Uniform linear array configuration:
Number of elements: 12
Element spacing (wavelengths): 0.25
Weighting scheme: exponential
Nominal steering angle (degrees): -15
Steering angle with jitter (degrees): -15.81
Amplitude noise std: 0.05
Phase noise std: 0.05

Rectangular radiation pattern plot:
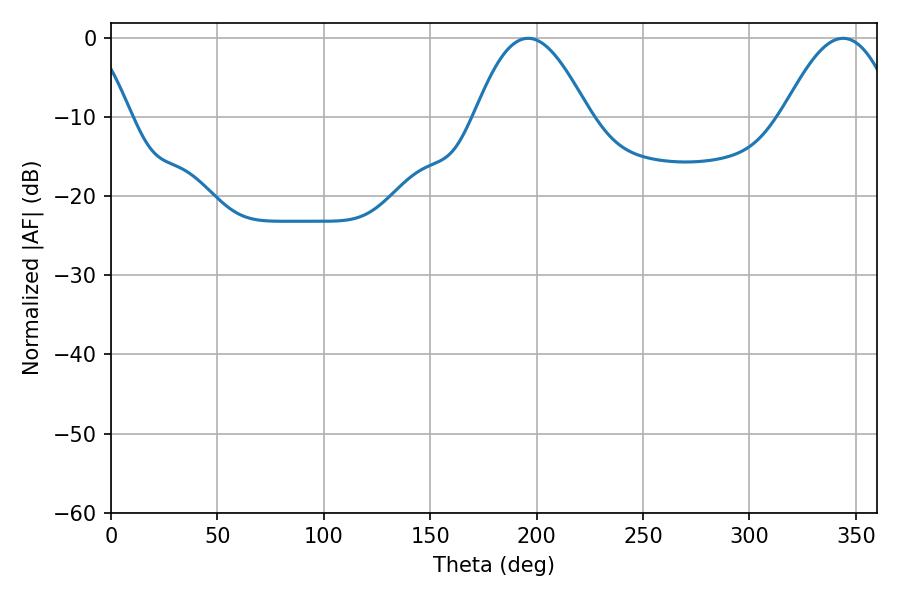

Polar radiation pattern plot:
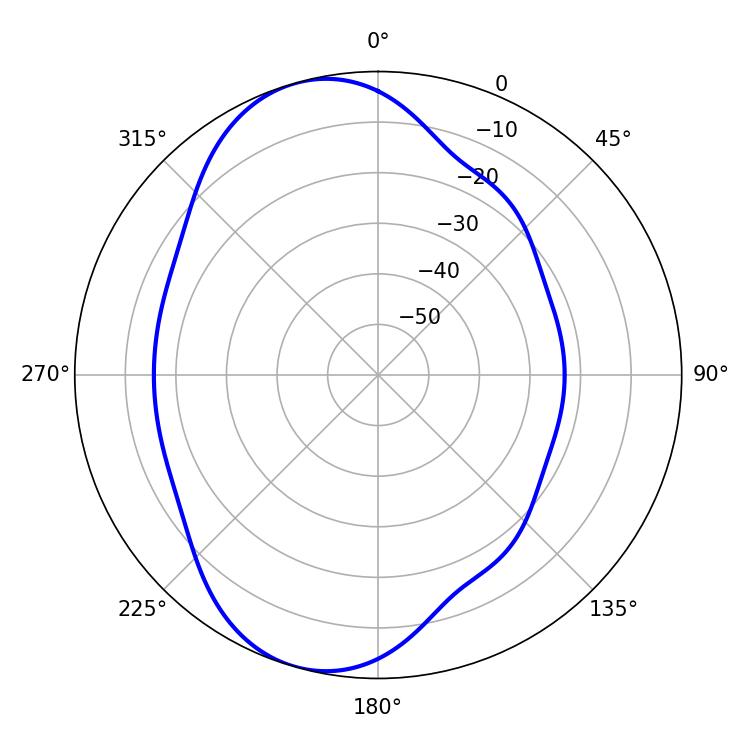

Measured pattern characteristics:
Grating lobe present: FALSE
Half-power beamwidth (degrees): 29.16
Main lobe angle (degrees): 196.02